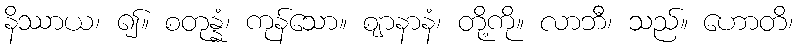
နိဿာယ၊ ၍။ စတုန္နံ၊ ကုန်သော။ ဈာနာနံ၊ တို့ကို။ လာဘီ၊ သည်။ ဟောတိ၊